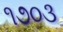
૧૭૦૩